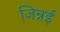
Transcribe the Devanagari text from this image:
जिन्नई